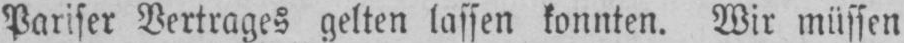
Pariser Vertrages gelten lassen konnten. Wir müssen